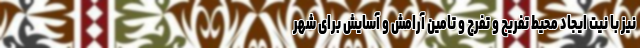
نیز با نیت ایجاد محیط تفریح و تفرج و تامین آرامش و آسایش برای شهر